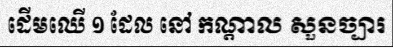
ដើមឈើ ១ ដែល នៅ កណ្តាល សួនច្បារ